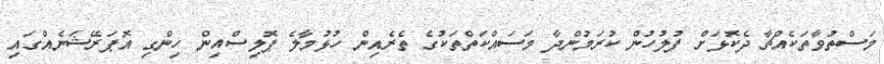
މަސްތުވާތަކެއްޗާ ދެކޮޅަށް ފުލުހުން ކުރަމުންދާ މަސައްކަތްތަކުގެ ތެރެއިން ހުޅުމާލެ ޕޮލިސްއިން ހިންގި އޮޕަރޭޝަނެއްގައި